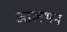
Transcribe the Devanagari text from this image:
आलभन